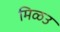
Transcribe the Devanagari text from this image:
मिळउ